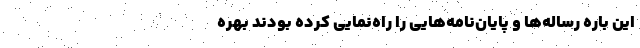
این باره رساله‌ها و پایان‌نامه‌هایی را راه‌نمایی کرده بودند بهره